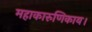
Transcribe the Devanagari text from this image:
महाकारुणिकाय।